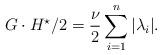
LaTeX: \begin{align*} G \cdot H^\star/2 = \frac{\nu}{2} \sum_{i=1}^n |\lambda_i|. \end{align*}